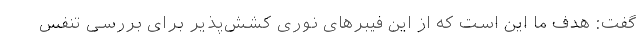
گفت: هدف ما این است که از این فیبر‌های نوری کشش‌پذیر برای بررسی تنفس